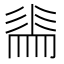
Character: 𭛕